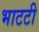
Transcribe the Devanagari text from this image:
भाटटी